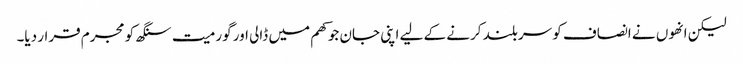
لیکن انھوں نے انصاف کو سربلند کرنے کے لیے اپنی جان جوکھم میں ڈالی اور گورمیت سنگھ کو مجرم قرار دیا۔